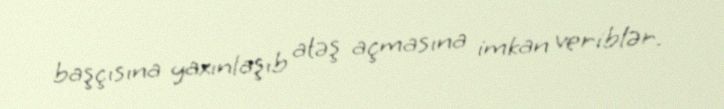
başçısına yaxınlaşıb atəş açmasına imkan veriblər.